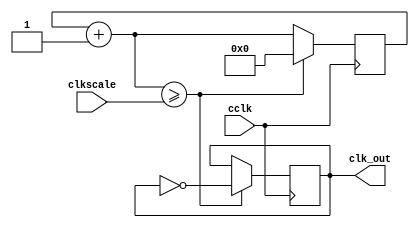
module CLOCK
    (
    input wire cclk,
    input wire [31:0] clkscale,
    output reg clk_out
    );
    reg [31:0] clkq = 0;
    
    always@(posedge cclk)
        begin
            clkq = clkq + 1;
                if(clkq>=clkscale)
                    begin
                        clk_out=~clk_out;
                        clkq=0;
                    end
        end
endmodule